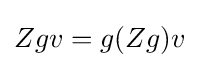
Zgv=g(Zg)v\